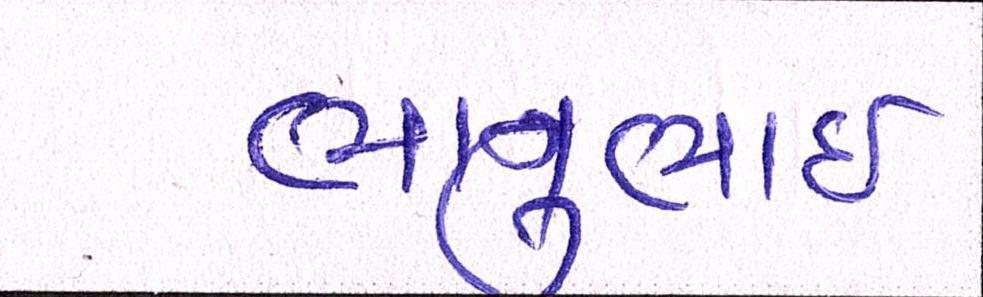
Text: ભાનુભાઈ